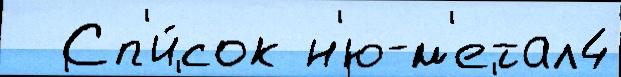
  Сп'и́сок н'ю-м'етал4